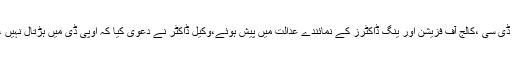
تفصیلات کے مطابق لاہورہائیکورٹ میں ڈاکٹرز کی ہڑتال کیخلاف کیس کی سماعت ہوئی،پی ایم ڈی سی ،کالج آف فزیشن اور ینگ ڈاکٹرز کے نمائندے عدالت میں پیش ہوئے،وکیل ڈاکٹر نے دعویٰ کیا کہ اوپی ڈی میں ہڑتال نہیں ،تفصیلی حکم جاری کیا جائے گا عدالت آرڈیننس پری میچورہے ،عدالت نے کہا کہ ہڑتال کیا ہے؟